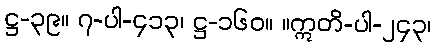
ဋ္ဌ-၃၉။ ၇-ပါ-၄၁၃၊ ဋ္ဌ-၁၆၀။ ။ဣတိ-ပါ-၂၄၃၊